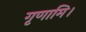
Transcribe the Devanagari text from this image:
गृणामि।